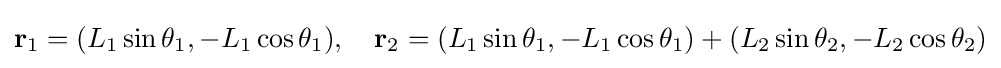
\mathbf {r} _{1}=(L_{1}\sin \theta _{1},-L_{1}\cos \theta _{1}),\quad \mathbf {r} _{2}=(L_{1}\sin \theta _{1},-L_{1}\cos \theta _{1})+(L_{2}\sin \theta _{2},-L_{2}\cos \theta _{2})